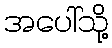
အပေါ်သို့